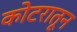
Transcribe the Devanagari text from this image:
कोटरातून